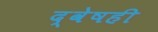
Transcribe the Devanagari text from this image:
द्वेषही